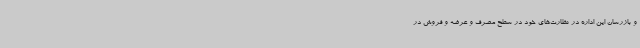
و بازرسان این اداره در نظارت‌های خود در سطح مصرف و عرضه و فروش در